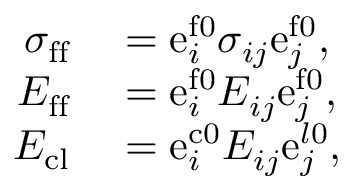
\begin{array} { r l } { \sigma _ { \mathrm { f f } } } & { { } = \mathrm { e } _ { i } ^ { \mathrm { f 0 } } \sigma _ { i j } \mathrm { e } _ { j } ^ { \mathrm { f 0 } } , } \\ { E _ { \mathrm { f f } } } & { { } = \mathrm { e } _ { i } ^ { \mathrm { f 0 } } E _ { i j } ^ { \phantom { } } \mathrm { e } _ { j } ^ { \mathrm { f 0 } } , } \\ { E _ { \mathrm { c l } } } & { { } = \mathrm { e } _ { i } ^ { \mathrm { c 0 } } E _ { i j } ^ { \phantom { } } \mathrm { e } _ { j } ^ { l \mathrm { 0 } } , } \end{array}